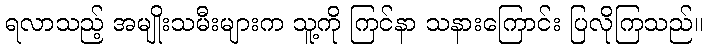
ရလာသည့် အမျိုးသမီးများက သူ့ကို ကြင်နာ သနားကြောင်း ပြလိုကြသည်။